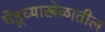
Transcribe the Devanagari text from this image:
चेंडूच्याखेळातील